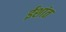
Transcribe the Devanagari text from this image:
ईशांत